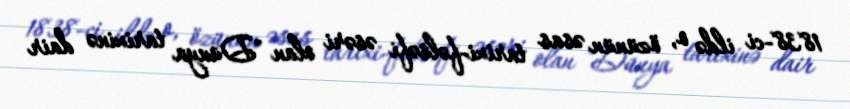
1838-ci ildə o, özünün əsas tarixi-fəlsəfi əsəri olan "Dünya tarixinə dair